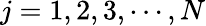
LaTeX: j=1,2,3,\cdots,N